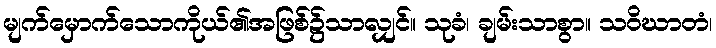
မျက်မှောက်သောကိုယ်၏အဖြစ်၌သာလျှင်။ သုခံ၊ ချမ်းသာစွာ။ သဝိဃာတံ၊